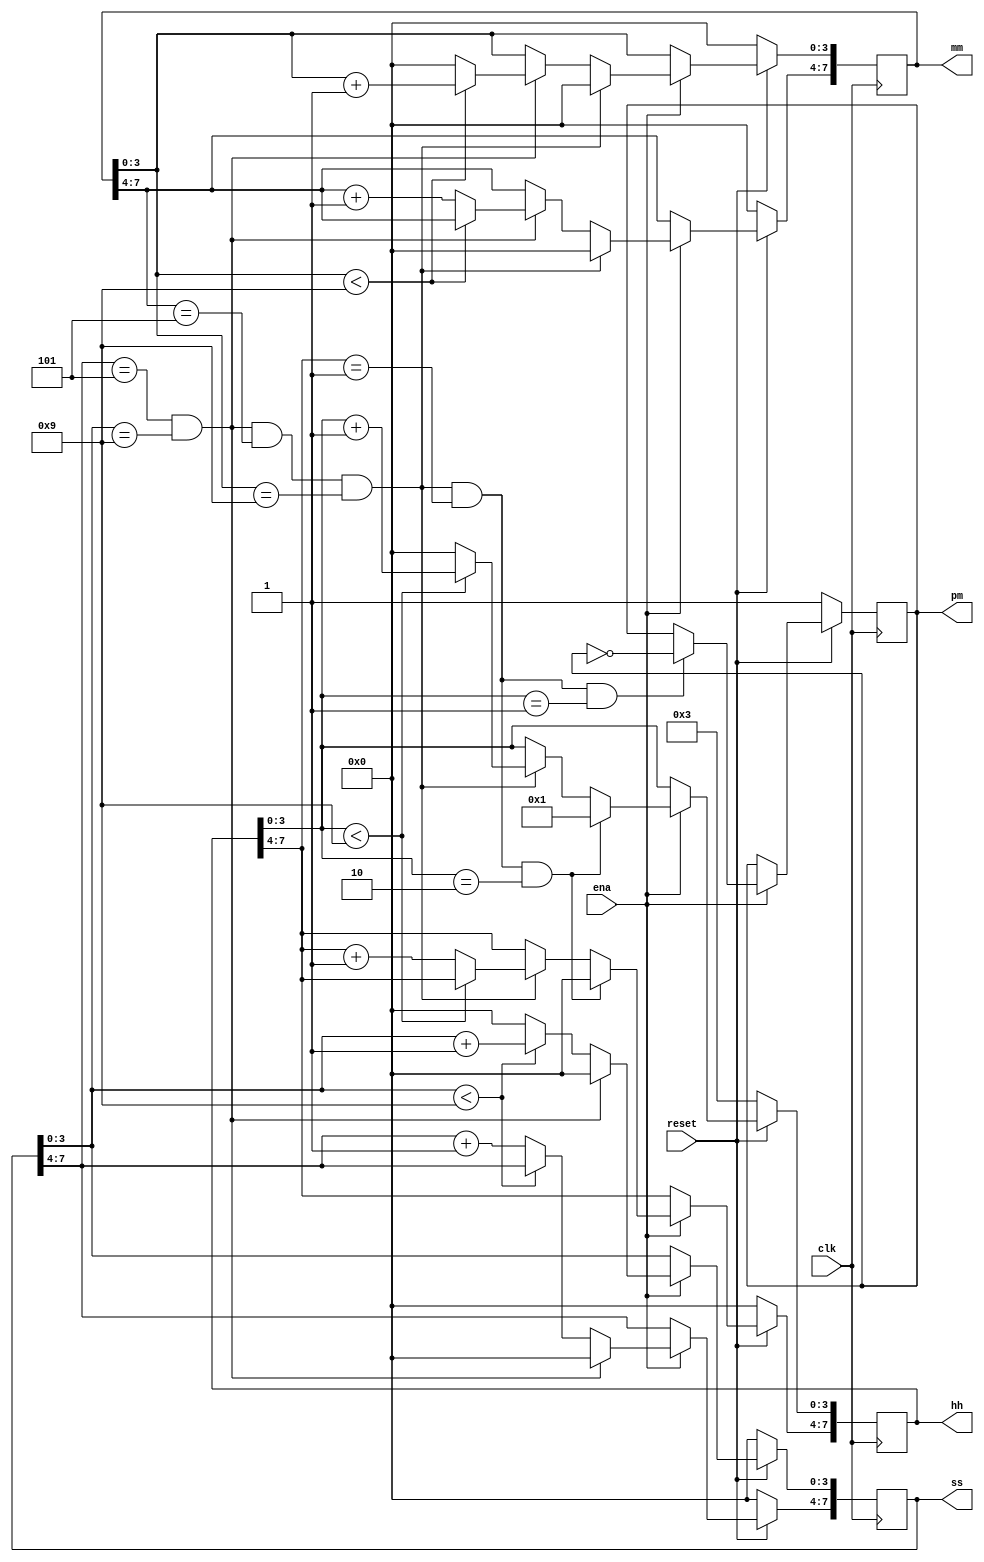
module TwelveHourBCDclock(
    input clk,
    input reset,
    input ena,
    output reg pm,
    output reg [7:0] hh,
    output reg [7:0] mm,
    output reg [7:0] ss); 
    
    // Starting from 1 am
    initial begin
        hh = 8'b00000011;
        ss = 8'b00000000;
        mm = 8'b00000000;
        pm = 1'b1;
    end
        
    
    // Logic changes at positive edge of clock, reset synchronous active low
    always @(posedge clk) begin

        // Count of register for Seconds increases at ena == 1, BCD encoding is done
        if (ena) begin 
            if (ss[3:0] < 9) 
                ss[3:0] <= ss[3:0] + 1;
            else begin
                ss[3:0] <= 0; 
                ss[7:4] <= ss[7:4] + 1;
            end

        // Increase in minute count and seconds rollover
        if(ss[7:4] == 5 && ss[3:0] == 9) begin 
            ss <= 0;
            if (mm[3:0] < 9) 
                mm[3:0] <= mm[3:0] + 1;
            else begin
                mm[3:0] <= 0; 
                mm[7:4] <= mm[7:4] + 1;
            end
        end

        // Increase in hours count and minutes rollover
        if(ss[7:4] == 5 && ss[3:0] == 9 && mm[7:4] == 5 && mm[3:0] == 9) begin 
            mm <= 0;
            if (hh[3:0] < 9) 
                hh[3:0] <= hh[3:0] + 1;
            else begin
                hh[3:0] <= 0; 
                hh[7:4] <= hh[7:4] + 1;
            end
        end

        // Rollover in hours from 12 pm/am to 1 am/pm
        if(ss[7:4] == 5 && ss[3:0] == 9 && mm[7:4] == 5 && mm[3:0] == 9 && hh[7:4] == 1 && hh[3:0] == 2) begin 
            hh <= 1;
        end

        // Complement pm at 11:59:59 am/pm to 12:00:00 pm/am
        if(ss[7:4] == 5 && ss[3:0] == 9 && mm[7:4] == 5 && mm[3:0] == 9 && hh[7:4] == 1 && hh[3:0] == 1) begin 
            pm <= ~pm;
        end

        end

        // Logic to reset the clock
        if(~reset) begin
            ss <= 0;
            hh[7:4] <= 0;
            hh[3:0] <= 3;
            
            //hh[7:4] <= 0;
            //hh[3:0] <= 1;
            pm <= 1;
            mm <= 0;
        end
    end
    
    

endmodule